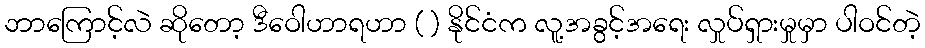
ဘာကြောင့်လဲ ဆိုတော့ ဒီဝေါဟာရဟာ ( ) နိုင်ငံက လူ့အခွင့်အရေး လှုပ်ရှားမှုမှာ ပါဝင်တဲ့